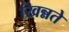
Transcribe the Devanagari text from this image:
खिन्नते